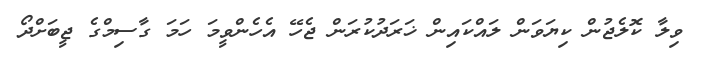
ވިލާ ކޮލެޖުން ކިޔަވަން ލައްކައިން ޚަރަދުކުރަން ޖެހޭ އެހެންވީމަ ހަމަ ގާސިމްގެ ޖީބަށްދޯ